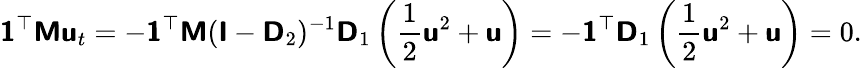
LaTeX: \mathbf{\boldsymbol{\mathsf{1}}}^{\top}\mathbf{\boldsymbol{\mathsf{M}}}\mathbf{\boldsymbol{\mathsf{u}}}_{t}=-\mathbf{\boldsymbol{\mathsf{1}}}^{\top}\mathbf{\boldsymbol{\mathsf{M}}}(\mathbf{\boldsymbol{\mathsf{I}}}-\mathbf{\boldsymbol{\mathsf{D}}}_{2})^{-1}\mathbf{\boldsymbol{\mathsf{D}}}_{1}\left(\frac{1}{2}\mathbf{\boldsymbol{\mathsf{u}}}^{2}+\mathbf{\boldsymbol{\mathsf{u}}}\right)=-\mathbf{\boldsymbol{\mathsf{1}}}^{\top}\mathbf{\boldsymbol{\mathsf{D}}}_{1}\left(\frac{1}{2}\mathbf{\boldsymbol{\mathsf{u}}}^{2}+\mathbf{\boldsymbol{\mathsf{u}}}\right)=0.